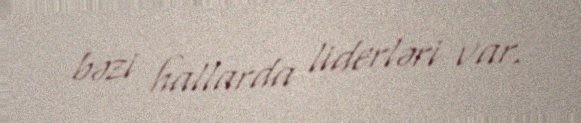
bəzi hallarda liderləri var.